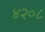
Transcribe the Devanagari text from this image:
४२०८